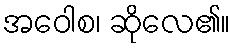
အဝေါစ၊ ဆိုလေ၏။